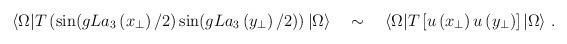
LaTeX: \begin{align*}\langle \Omega|T\left(\sin (gL a_{3} \left(x_{\perp}\right)/2) \sin (gL a_{3}\left(y_{\perp}\right)/2)\right)|\Omega\rangle \quad \sim \quad \langle\Omega|T\left[u\left( x_{\perp}\right) u\left( y_{\perp}\right)\right]|\Omega\rangle\ . \\\end{align*}